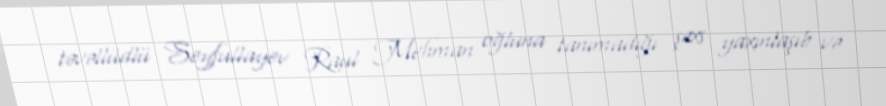
təvəllüdlü Seyfullayev Raul Mehman oğluna tanımadığı şəxs yaxınlaşıb və